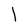
Character: I